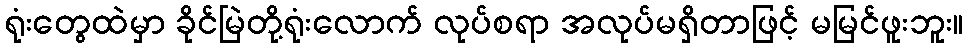
ရုံးတွေထဲမှာ ခိုင်မြဲတို့ရုံးလောက် လုပ်စရာ အလုပ်မရှိတာဖြင့် မမြင်ဖူးဘူး။